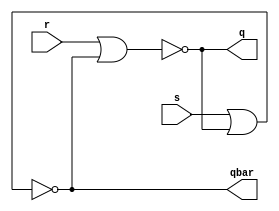

// Dataflow modeling
  module sr_latch(q, qbar,s,r);	
	input s,r;
	output wire q, qbar;
	
	assign q=~(r|qbar);
	assign qbar=~(s|q);

endmodule

/*

// Behavioral modeling

module sr_latch(q, qbar,s,r);	
	input s,r;
	output reg q, qbar;
	
	always@(s,r)
		begin
	case({s,r}) 
		2'b00: begin q = q; qbar = qbar; end
		2'b01: begin q =0; qbar =1;	 end
		2'b10: begin q =1; qbar =0; end
		2'b11: begin q =0; qbar =0; end
		default : begin {q,qbar}=2'bxx; end
	 endcase	 
	end
endmodule

//Structrual or Gatelevel modeling

module sr_latch(q, qbar,s,r);	
	input s,r;
	output q, qbar;
	
	nor nr1 (q,r,qbar),
	    nr2 (qbar,s,q);
endmodule
*/